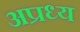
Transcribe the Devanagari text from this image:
अप्रध्य